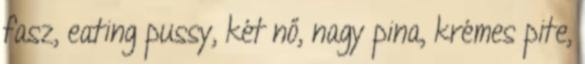
fasz, eating pussy, két nő, nagy pina, krémes pite,